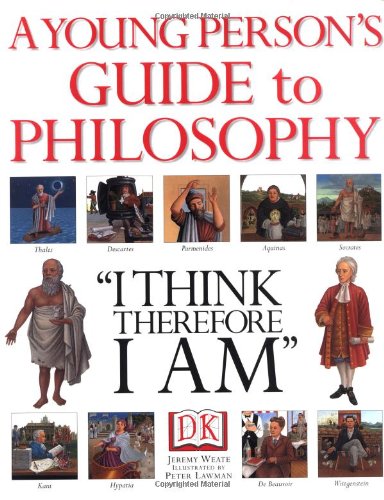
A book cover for Young Person's Guide to Philosophy; Jeremy Weate; Children's Books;